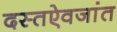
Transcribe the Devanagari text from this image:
दस्तऐवजांत